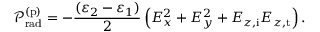
\mathcal { P } _ { \mathrm { r a d } } ^ { ( \mathrm { p } ) } = - \frac { ( \varepsilon _ { 2 } - \varepsilon _ { 1 } ) } { 2 } \left( E _ { x } ^ { 2 } + E _ { y } ^ { 2 } + E _ { z , \mathrm { i } } E _ { z , \mathrm { t } } \right) .